King Institute of Preventive Medicine Micro-Biological Section reports 1909-11
Year: 1909
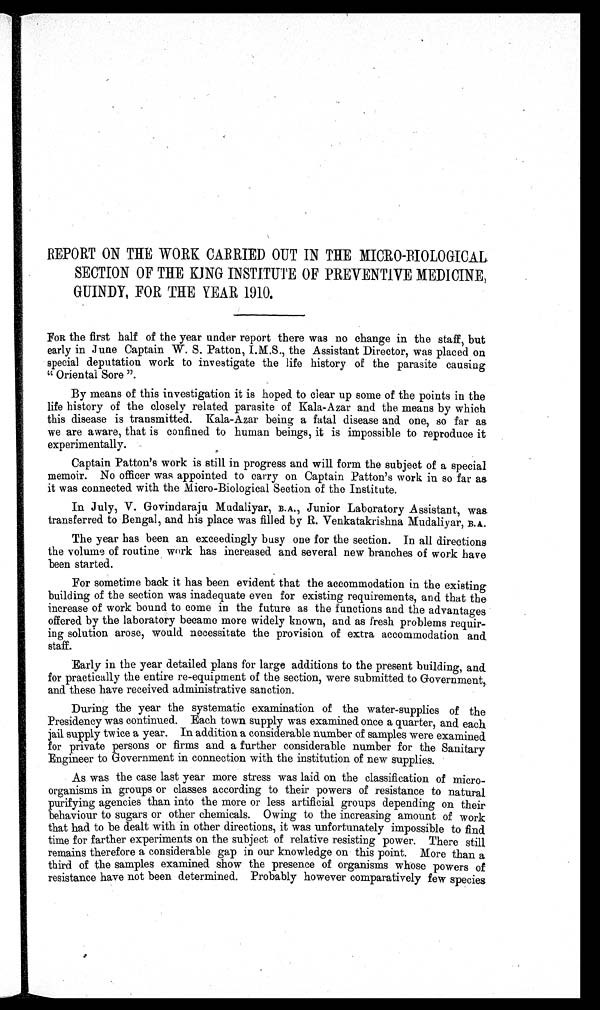
REPORT ON THE WORK CARRIED OUT IN THE MICRO-BIOLOGICAL.
SECTION OF THE KING INSTITUTE OF PREVENTIVE MEDICINE,
GUINDY, FOR THE YEAR 1910.
FOR the first half of the year under report there was no change in the staff, but
early in June Captain W. S. Patton, I.M.S., the Assistant Director, was placed on
special deputation work to investigate the life history of the parasite causing
" Oriental Sore ".
By means of this investigation it is hoped to clear up some of the points in the
life history of the closely related parasite of Kala-Azar and the means by which
this disease is transmitted. Kala-Azar being a fatal disease and one, so far as
we are aware, that is confined to human beings, it is impossible to reproduce it
experimentally.
Captain Patton's work is still in progress and will form the subject of a special
memoir. No officer was appointed to carry on Captain Patton's work in so far as.
it was connected with the Micro-Biological Section of the Institute.
In July, V. Govindaraju. Mudaliyar, B.A ., Junior Laboratory Assistant, was
transferred to Bengal, and his place was filled by R. Venkatakrishna Mudaliyar,
B . A .
The year has been an exceedingly busy one for the section. In all directions
the volume of routine work has increased and several new branches of work have
been started.
For sometime back it has been evident that the accommodation in the existing
building of the section was inadequate even for existing requirements, and that the
increase of work bound to come in the future as the functions and the advantages
offered by the laboratory became more widely known, and as fresh problems requir
- i n g s o l u t i o n a r o s e , w o u l d n e c e s s i t a t e t h e p r o v i s i o n o f e x t r a a c c o m m o d a t i o n a n d
staff.
Early in the year detailed plans for large additions to the present building, and
for practically the entire re-equipment of the section, were submitted to Government,
and these have received administrative sanction.
During the year the systematic examination of the water-supplies of the
Presidency was continued. Each town supply was examined once a quarter, and each
jail supply twice a year. In addition a considerable number of samples were examined
for private persons or firms and a further considerable number for the Sanitary
Engineer to Government in connection with the institution of new supplies.
As was the case last year more stress was laid on the classification of micro
- o r g a n i s m s i n g r o u p s o r c l a s s e s a c c o r d i n g t o t h e i r p o w e r s o f r e s i s t a n c e t o n a t u r a l
purifying agencies than into the more or less artificial groups depending on their
behaviour to sugars or other chemicals. Owing to the increasing amount of work
that had to be dealt with in other directions, it was unfortunately impossible to find
time for farther experiments on the subject of relative resisting power. There still
remains therefore a considerable gap in our knowledge on this point. More than a
third of the samples examined show the presence of organisms whose powers of
resistance have not been determined. Probably however comparatively few species